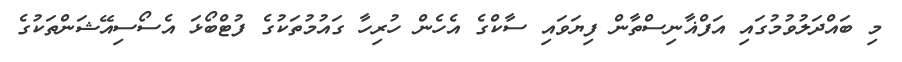
މި ބައްދަލުވުމުގައި އަފްޣާނިސްތާން ފިޔަވައި ސާކްގެ އެހެން ހުރިހާ ގައުމުތަކުގެ ފުޓްބޯޅަ އެސޯސިއޭޝަންތަކުގެ